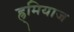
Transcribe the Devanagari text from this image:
ह्र्मियाज